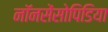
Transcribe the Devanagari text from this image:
नॉनसेंसोपिडिया